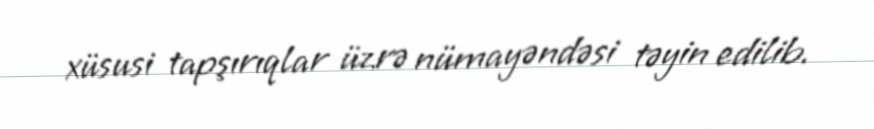
xüsusi tapşırıqlar üzrə nümayəndəsi təyin edilib.